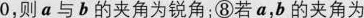
0$$，则a与b的夹角为锐角；⑧若a，b的夹角为